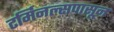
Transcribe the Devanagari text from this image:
टर्मिनल्सपासून